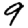
Digit: 9